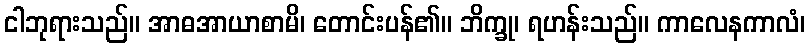
ငါဘုရားသည်။ အာဓအာယာစာမိ၊ တောင်းပန်၏။ ဘိက္ခု၊ ရဟန်းသည်။ ကာလေနကာလံ၊